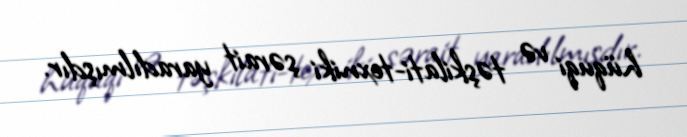
hüquqi və təşkilati-texniki şərait yaradılmışdır.